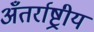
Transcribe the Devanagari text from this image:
अँतर्राष्ट्रीय